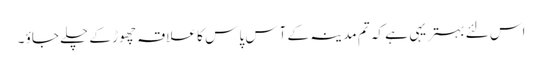
اس لئے بہتر یہی ہے کہ تم مدینہ کے آس پا س کا علاقہ چھوڑ کے چلے جاؤ ۔